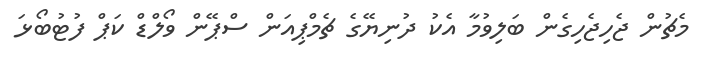
މެޗުން ޖެހިޖެހިގެން ބަލިވުމާ އެކު ދުނިޔޭގެ ޗެމްޕިއަން ސްޕޭން ވޯލްޑް ކަޕް ފުޓުބޯޅަ